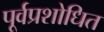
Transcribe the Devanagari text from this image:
पूर्वप्रशोधित